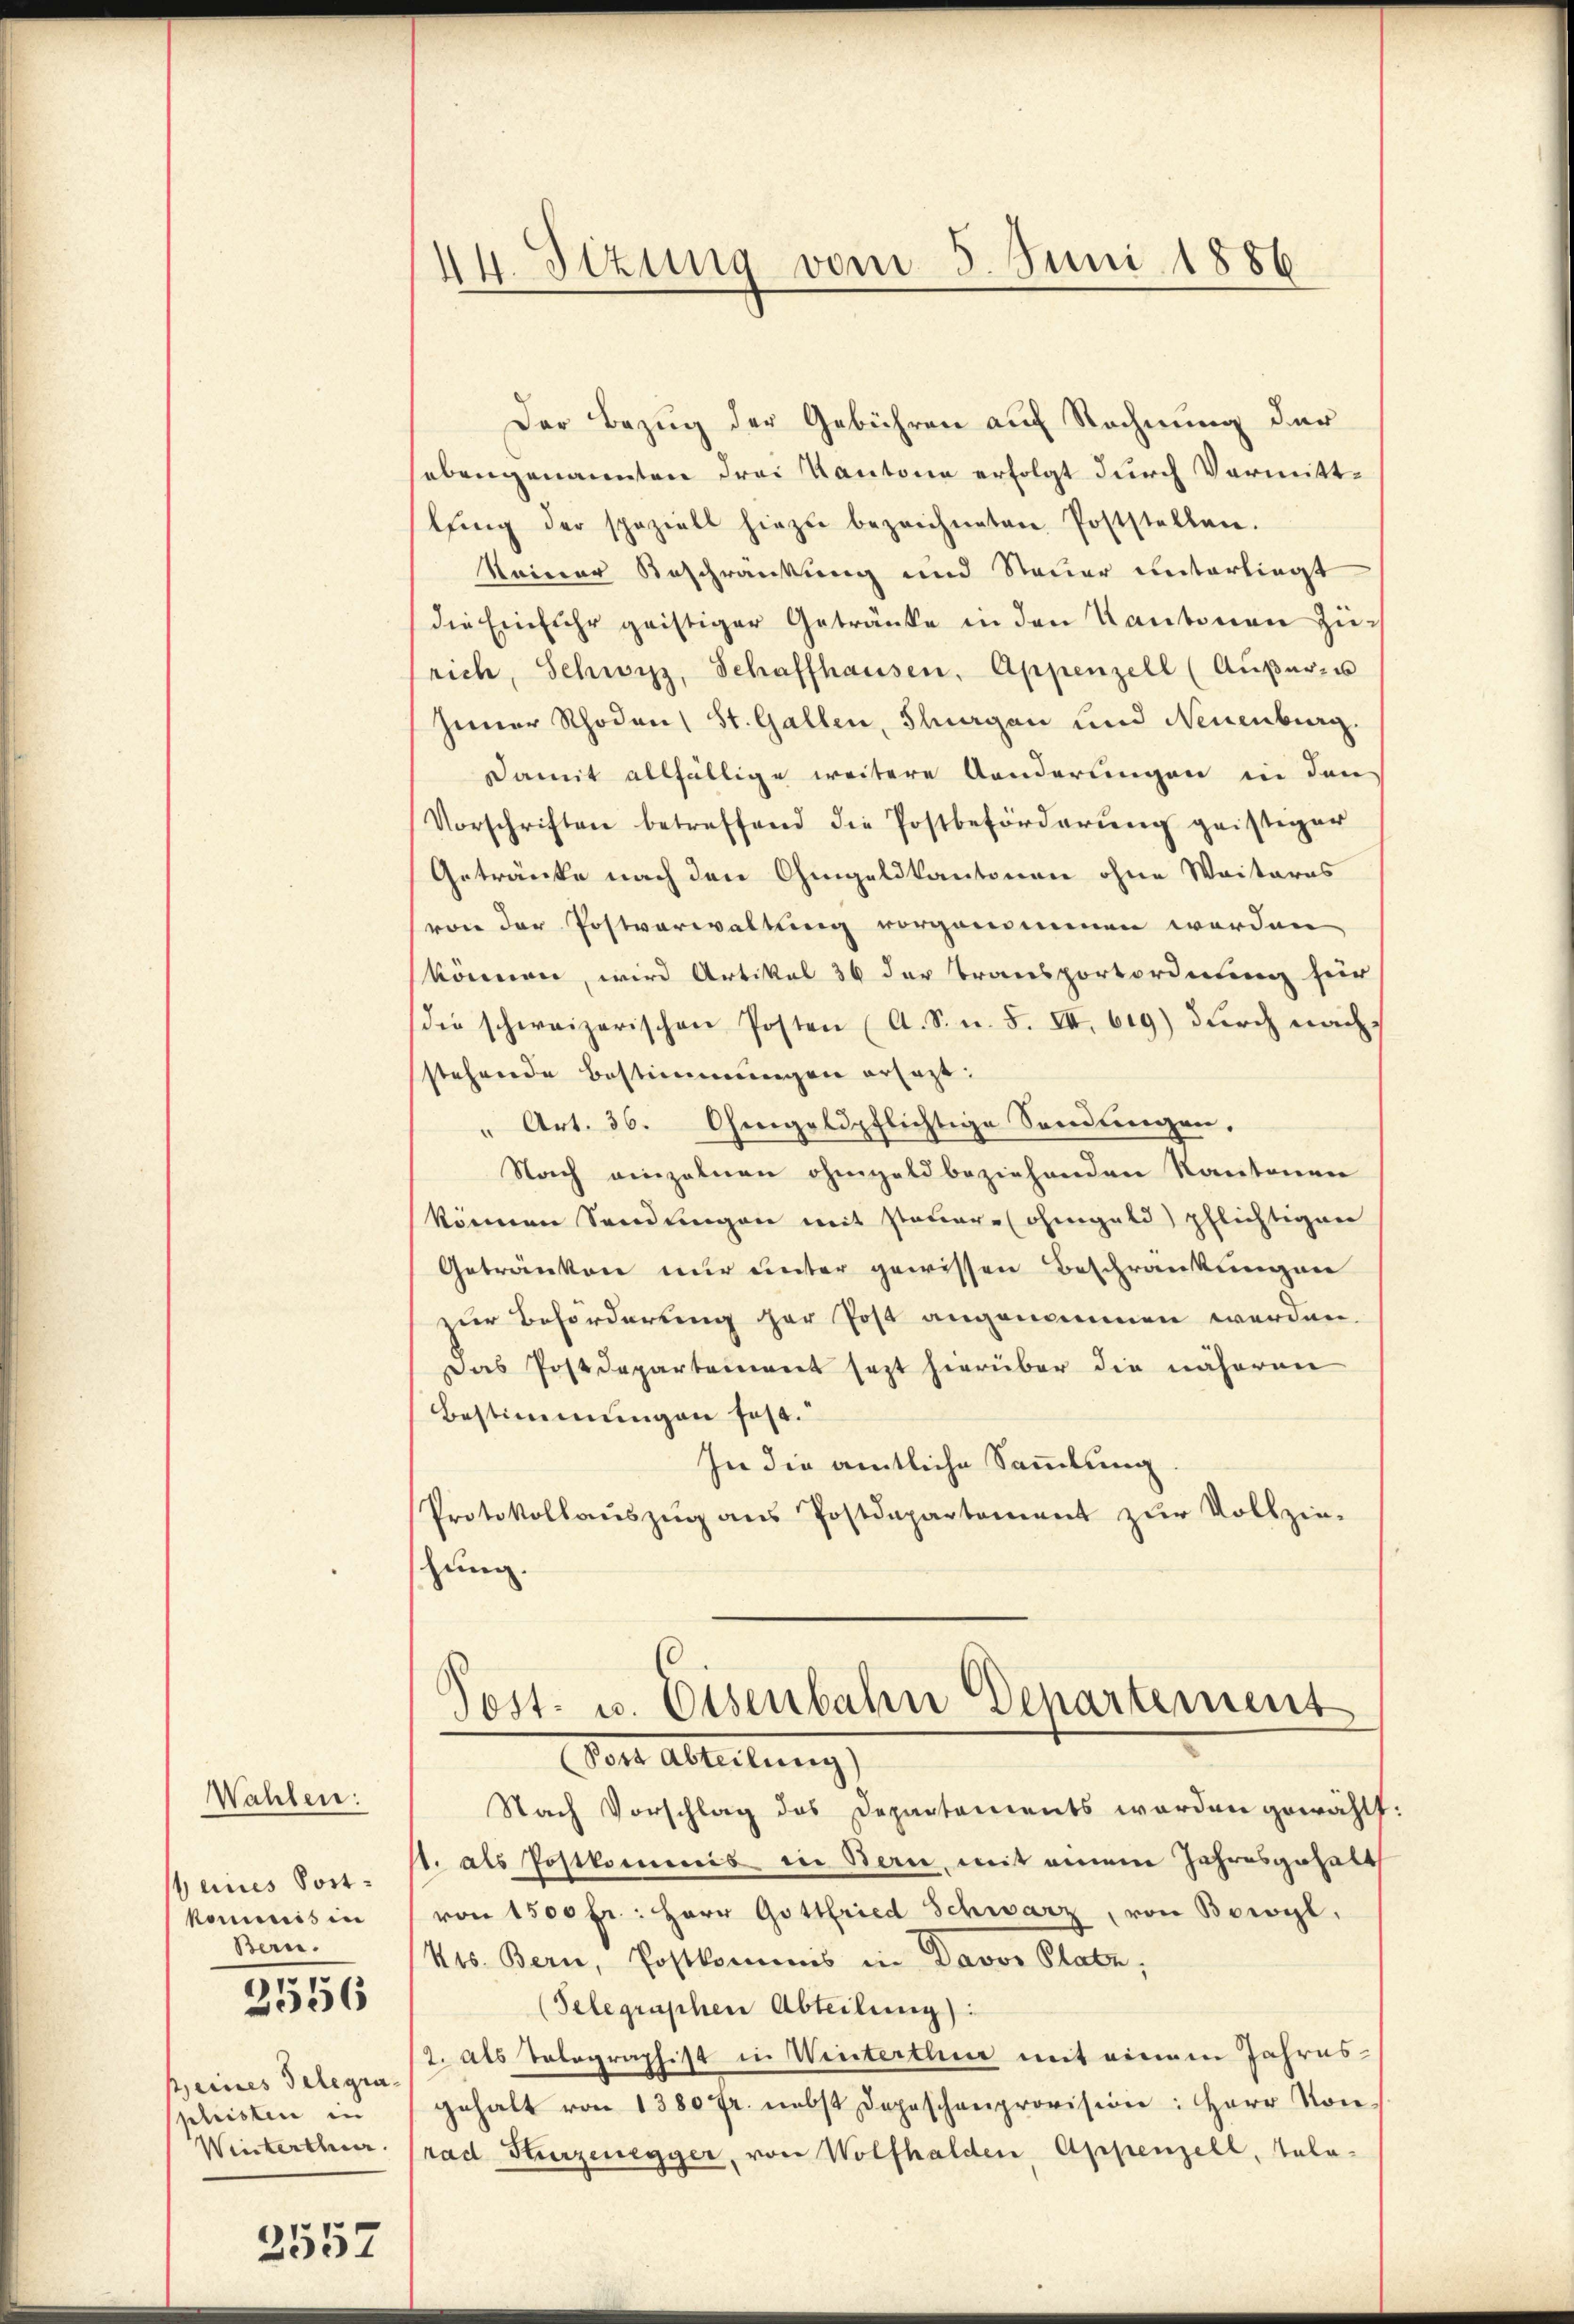
Wahlen:
eines Postkommis in
Bern.
2556
peines Telegraphristen in
Winterthur.

3557

44. Sizung vom 5. Juni 1886

Der Bezug der Gebühren auf Rechnung der
ebengenannten drei Kantone erfolgt durch Vormittlŭng der speziell hiezu bezeichneten Poststellen.
keiner Beschränkung und Steuer unterliegt
die Einfuhr geistiger Getränke in den Kantonen Zürich, Schwyz, Schaffhausen, Appenzell (Außer- u
seiner Rhoden St. Gallen, Thurgau und Neuenburg.
Damit allfällige weitere Aenderungen in den
Vorschriften betreffend die Postbeförderŭng geistiger
Getränke nach den Ohmgeldkantonen ohne Weiteres
von der Postverwaltung vorgenommen worden
können, wird Artikal 36 der Transportordnung für
(die schweizerischen Posten (A. S. n. F. III 619) dŭrch nach
stehende Bestimmungen ersagt:
" Art. 36. Ohmgeldpflichtige Sendungen,
Nach einzelnen ohngeld beziehenden Kantonen
können Sendungen mit steuere ohngald) pflichtigen
Getränken nur unter gewissen Beschränkungen
zur Beförderung der Post angenommen werden.
Das Postdepartement sezt hierüber die näheren
Bestimmungen fest.
In die amtliche Sammlung
Protokollaŭszŭg ans Postdepartement zŭr Vollzie-
schung.
Post- u. Eisenbahn Departement
Vor Abteilung
Nach Vorschlag des Departements werden gewählt
st. als Postkommis in Bern, mit einem Jahresgehalt
von 1500 fr.: Herr Gottfried Schwarz, von Bowyl,
Kts. Bern, Postkommis in Davos Platz,
(Telegraphen Abteilung:
2. Als Tolographist in Wintertum mit einem Jahres-
gehalt von 1380 fr. nebst Depeschenprovision: Herr Kon-
rad Hurzenegger, von Wolfhalden, Appenzell, tala-